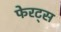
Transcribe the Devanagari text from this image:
फेरट्स